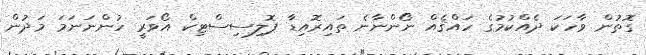
ގޮތުން ވާހަކަ ދެއްކުމުގެ ހައްޤެއް ނޯންނާނެ ތައިރޮއިޑާ ޕޮލިސިސްޓިކް އޯވަރީ ހުންނަނަމަ މަދުން